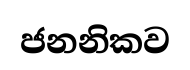
ජනනිකව